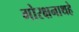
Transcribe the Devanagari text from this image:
गोरक्षनाथहे